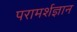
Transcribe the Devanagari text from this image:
परामर्शज्ञान